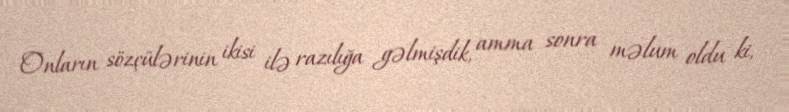
Onların sözçülərinin ikisi ilə razılığa gəlmişdik, amma sonra məlum oldu ki,